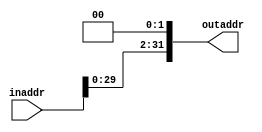
module ShiftLeftTwo(
	input [31:0] inaddr,
	output [31:0] outaddr);
	
	assign outaddr  = inaddr<<2;

endmodule